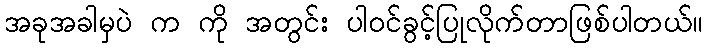
အခုအခါမှပဲ က ကို အတွင်း ပါဝင်ခွင့်ပြုလိုက်တာဖြစ်ပါတယ်။